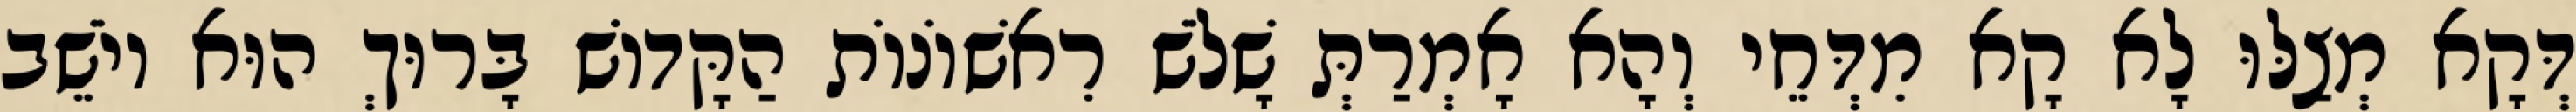
דְּקָא מְצַלּוּ לָא קָא מִדְּחֵי וְהָא אָמְרַתְּ שָׁלֹשׁ רִאשׁוֹנוֹת הַקָּדוֹשׁ בָּרוּךְ הוּא יוֹשֵׁב